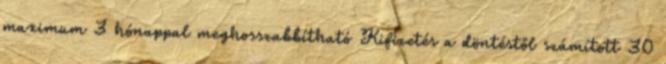
maximum 3 hónappal meghosszabbítható Kifizetés a döntéstől számított 30